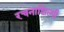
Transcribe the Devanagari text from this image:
रचनाशिल्पी